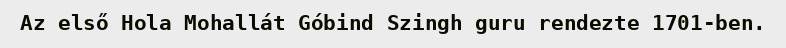
Az első Hola Mohallát Góbind Szingh guru rendezte 1701-ben.